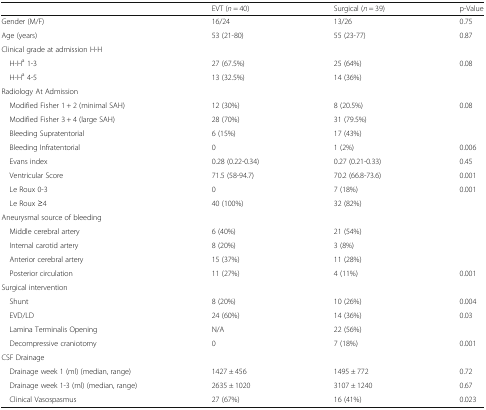
<table><thead><tr><td></td><td><b>EVT (<i>n</i> = 40)</b></td><td><b>Surgical (<i>n</i> = 39)</b></td><td><b>p-Value</b></td></tr></thead><tbody><tr><td>Gender (M/F)</td><td>16/24</td><td>13/26</td><td>0.75</td></tr><tr><td>Age (years)</td><td>53 (21-80)</td><td>55 (23-77)</td><td>0.87</td></tr><tr><td colspan="4">Clinical grade at admission H-H</td></tr><tr><td> H-H<sup>a</sup> 1-3</td><td>27 (67.5%)</td><td>25 (64%)</td><td rowspan="2">0.08</td></tr><tr><td> H-H<sup>a</sup> 4-5</td><td>13 (32.5%)</td><td>14 (36%)</td></tr><tr><td colspan="4">Radiology At Admission</td></tr><tr><td> Modified Fisher 1 + 2 (minimal SAH)</td><td>12 (30%)</td><td>8 (20.5%)</td><td>0.08</td></tr><tr><td> Modified Fisher 3 + 4 (large SAH)</td><td>28 (70%)</td><td>31 (79.5%)</td><td></td></tr><tr><td> Bleeding Supratentorial</td><td>6 (15%)</td><td>17 (43%)</td><td></td></tr><tr><td> Bleeding Infratentorial</td><td>0</td><td>1 (2%)</td><td>0.006</td></tr><tr><td> Evans index</td><td>0.28 (0.22-0.34)</td><td>0.27 (0.21-0.33)</td><td>0.45</td></tr><tr><td> Ventricular Score</td><td>71.5 (58-94.7)</td><td>70.2 (66.8-73.6)</td><td>0.001</td></tr><tr><td> Le Roux 0-3</td><td>0</td><td>7 (18%)</td><td>0.001</td></tr><tr><td> Le Roux ≥4</td><td>40 (100%)</td><td>32 (82%)</td><td></td></tr><tr><td colspan="4">Aneurysmal source of bleeding</td></tr><tr><td> Middle cerebral artery</td><td>6 (40%)</td><td>21 (54%)</td><td></td></tr><tr><td> Internal carotid artery</td><td>8 (20%)</td><td>3 (8%)</td><td></td></tr><tr><td> Anterior cerebral artery</td><td>15 (37%)</td><td>11 (28%)</td><td></td></tr><tr><td> Posterior circulation</td><td>11 (27%)</td><td>4 (11%)</td><td>0.001</td></tr><tr><td colspan="4">Surgical intervention</td></tr><tr><td> Shunt</td><td>8 (20%)</td><td>10 (26%)</td><td>0.004</td></tr><tr><td> EVD/LD</td><td>24 (60%)</td><td>14 (36%)</td><td>0.03</td></tr><tr><td> Lamina Terminalis Opening</td><td>N/A</td><td>22 (56%)</td><td></td></tr><tr><td> Decompressive craniotomy</td><td>0</td><td>7 (18%)</td><td>0.001</td></tr><tr><td colspan="4">CSF Drainage</td></tr><tr><td> Drainage week 1 (ml) (median, range)</td><td>1427 ± 456</td><td>1495 ± 772</td><td>0.72</td></tr><tr><td> Drainage week 1-3 (ml) (median, range)</td><td>2635 ± 1020</td><td>3107 ± 1240</td><td>0.67</td></tr><tr><td> Clinical Vasospasmus</td><td>27 (67%)</td><td>16 (41%)</td><td>0.023</td></tr></tbody></table>